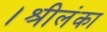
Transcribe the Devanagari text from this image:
।श्रीलंका